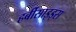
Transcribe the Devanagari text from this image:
हर्बीसाइड्स